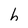
Character: h